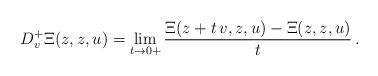
LaTeX: \begin{align*} D^+_{v} \Xi (z, z, u) = \lim_{t \to 0+} \dfrac{ \Xi(z + t \, v, z, u) - \Xi(z, z, u)}{t} \,.\end{align*}